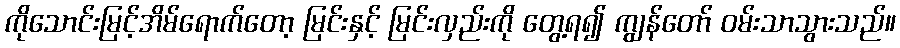
ကိုသောင်းမြင့်အိမ်ရောက်တော့ မြင်းနှင့် မြင်းလှည်းကို တွေ့ရ၍ ကျွန်တော် ဝမ်းသာသွားသည်။